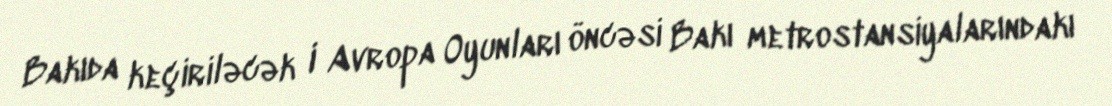
Bakıda keçiriləcək I Avropa Oyunları öncəsi Bakı metrostansiyalarındakı